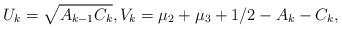
\begin{align*} U_{k}=\sqrt{A_{k-1}C_{k}},V_{k}=\mu_2+\mu_3+1/2-A_{k}-C_{k},\end{align*}